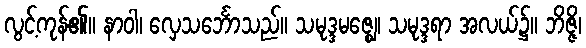
လွင့်ကုန်၏။ နာဝါ၊ လှေသင်္ဘောသည်။ သမုဒ္ဒမဇ္ဈေ၊ သမုဒ္ဒရာ အလယ်၌။ ဘိဇ္ဇိ၊